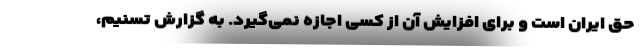
حق ایران است و برای افزایش آن از کسی اجازه نمی‌گیرد. به گزارش تسنیم،